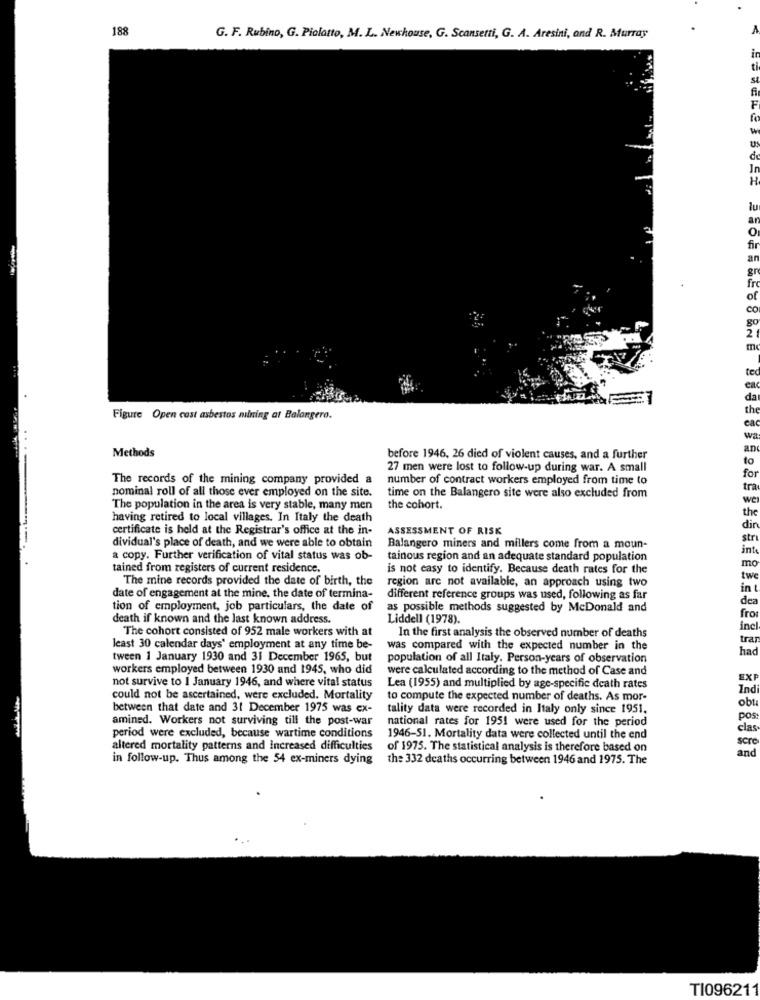
188
G. F. Rubino, G. Piolatto, M. L. Newhouse, G. Scansetti, G. A. Aresini, and R. Murray
an
te
Figure Open cost asbestos mining at Balangero.
ca
..
wa
Methods
an
before 1946, 26 died of violent causes, and a further
to
27 men were lost to follow-up during war. A small
The records of the mining company provided a
number of contract workers employed from time to
for
nominal roll of all those ever employed on the site.
time on the Balangero site were also excluded from
tra
we
The population in the area is very stable, many men
the cohort.
the
having retired to local villages. In Italy the death
certificate is held at the Registrar's office at the in-
ASSESSMENT OF RISK
dir
dividual's place of death, and we were able to obtain
str
Balangero miners and millers come from a moun-
int
a copy. Further verification of vital status was ob-
tainous region and an adequate standard population
mo
tained from registers of current residence.
is not easy to identify. Because death rates for the
The mine records provided the date of birth, the
region are not available, an approach using two
twe
in
date of engagement at the mine. the date of termina-
different reference groups was used, following as far
dea
tion of employment, job particulars, the date of
as possible methods suggested by McDonald and
death if known and the last known address.
Liddell (1978).
from
The cohort consisted of 952 male workers with at
incl
In the first analysis the observed number of deaths
tra
least 30 calendar days' employment at any time be-
was compared with the expected number in the
ha
tween 1 January 1930 and 31 December 1965, but
population of all Italy. Person-years of observation
workers employed between 1930 and 1945, who did
were calculated according to the method of Case and
not survive to 1 January 1946, and where vital status
EX
Lea (1955) and multiplied by age-specific death rates
Ind
could not be ascertained, were excluded. Mortality
to compute the expected number of deaths. As mor-
obt
between that date and 31 December 1975 was ex-
tality data were recorded in Italy only since 1951.
amined. Workers not surviving till the post-war
national rates for 1951 were used for the period
pos
clas
period were excluded, because wartime conditions
1946-51. Mortality data were collected until the end
scre
altered mortality patterns and Increased difficulties
of 1975. The statistical analysis is therefore based on
and
in follow-up. Thus among the 54 ex-miners dying
the 332 deaths occurring between 1946 and 1975. The
TI096211